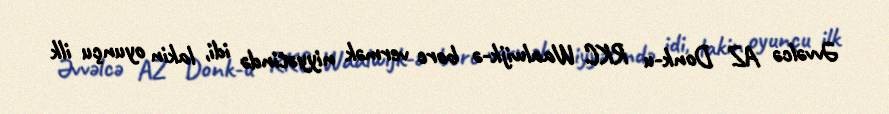
Əvvəlcə AZ Donk-u RKC Waalwijk-ə borc vermək niyyətində idi, lakin oyunçu ilk